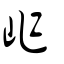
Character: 岞